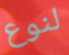
لنوع